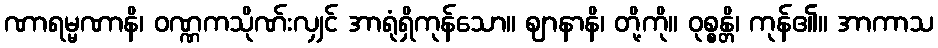
ဏာရမ္မဏာနိ၊ ဝဏ္ဏကသိုဏ်းလျှင် အာရုံရှိကုန်သော။ ဈာနာနိ၊ တို့ကို။ ဝုစ္စန္တိ၊ ကုန်၏။ အာကာသ